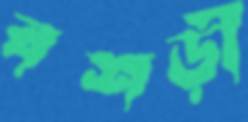
বশড়ী